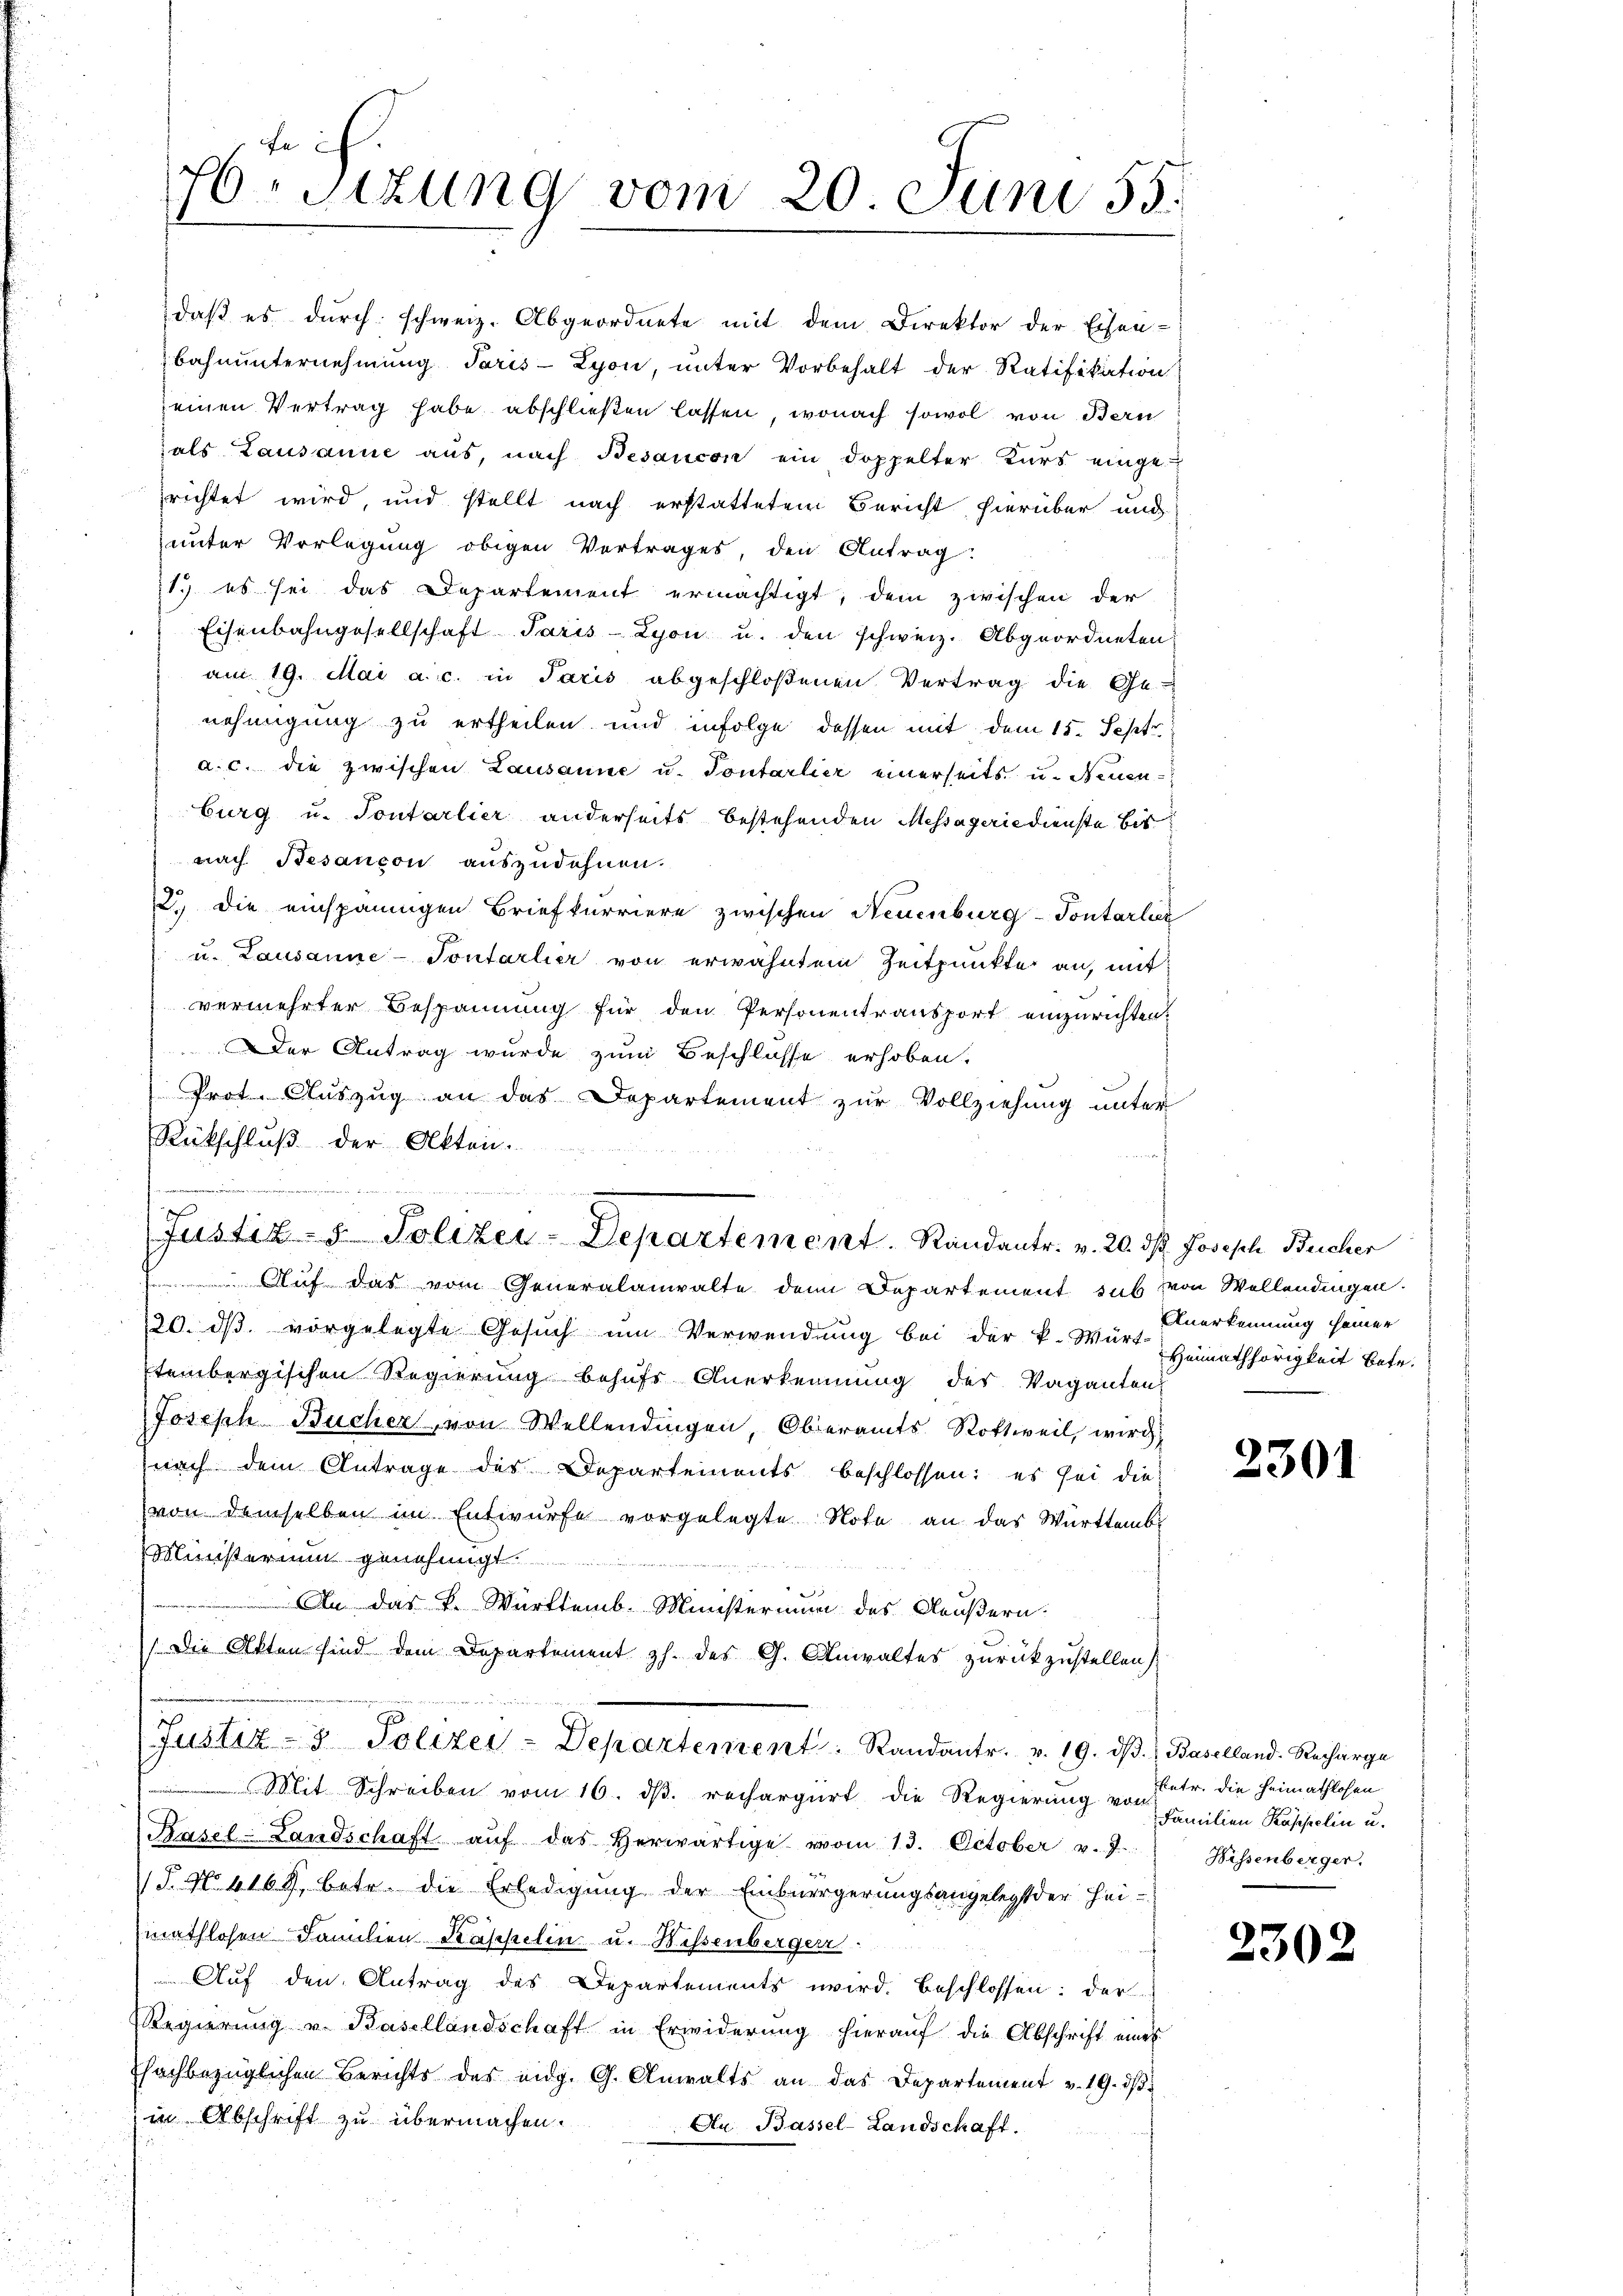
76 Sizung vom 20. Juni 55.

daß es durch schweiz. Abgeordnete mit dem Direktor der Eisen-
bahnunternehmung Paris - Lyon, unter Vorbehalt der Ratifikation
seinen Vertrag habe abschließen lassen, wonach sowol von Bern
als Lausanne aus, nach Besaucon ein doppelter Kurs einge
richtet wird, und stellt nach erstattetem Bericht hierüber und
unter Vorlegung obigen Vertrages, den Antrag:
1. es sei das Departement ermächtigt, dem zwischen der
Eisenbahngesellschaft Paris - Lyon u. den schweiz. Abgeordneten
am 19. Mai a. c. in Paris abgeschloßenen Vertrag die Ge-
nehmigung zu ertheilen und infolge dessen mit dem 15. Septr.
a. c. die zwischen Lausanne u. Tontarlier einerseits u. Neuen-
burg u. Toutarlier anderseits bestehenden Messagerie dienste bis
nach Besancon auszudehnen.
2.) Die einspännigen Briefkurriere zwischen Neuenburg-Pontarliz
u. Lausanne-Tontarlier von erwähntem Zeitpunkte an, mit
vermehrter Bespannung für den Personentransport einzurichten.
Der Antrag wurde zum Beschlosse erhoben.
Prot. Auszug an das Departement zur Vollziehung unter
Rückschluß der Akten.
s
 Auf das vom Generalanwalte den Departement sub von Wellendingen.
/20. dβ. vorgelegte Gesŭch ŭm Verwendŭng bei der k. Würt-Heimathörigkeit betr.
tembergischen Regierung behufs Anerkennung des Vaganten
Joseph Bucher, von Wellendingen Oberamts Rottweil, wird
nach dem Antrage des Departements beschlossen: es sei die
von demselben im Entwurfe vorgelegte Note an das Württembe
Ministerium genehmigt
An das K. Württemb. Ministerium des Aeußern.
Die Akten sind dem Departement z. des G. Anwaltes zurückzustellen
Justiz- & Polizei-Departement   Randantr. v. 19. ds. Baselland. Recharge
Mit Schreiben vom 16. ds. rechargert die Regierung von Familien Kasserlin u.
Pasel-Landschaft aŭf das herwärtige vom 13. October v. 7. Wissenberger,
P No 1168, betr. die Erledigung der Einbürgerungsangelegt der Heimathlosen Familien Kappelin u. Wissenbergerr
Auf den Antrag des Departements wird. Beschlossen: der
Regierung u. Basellandschaft in Erwiderung hierauf die Abschrift eines
fhochbezüglichen Berichts des eng. G. Anwalts an das Departement v. 19. dβ.
in Abschrift zu übermachen.
Au Bassel-Landschaft.

Justiz- & Polizei-Departement. Randantr. v. 20. ds. Joseph Bucher

Anerkennung seiner

2301

hetr. die Heimathlosen

2302